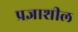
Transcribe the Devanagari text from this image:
प्रज्ञाशील